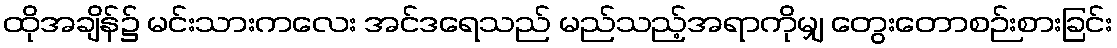
ထိုအချိန်၌ မင်းသားကလေး အင်ဒရေသည် မည်သည့်အရာကိုမျှ တွေးတောစဉ်းစားခြင်း